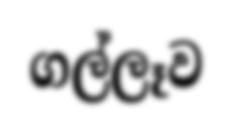
ගල්ලෑව